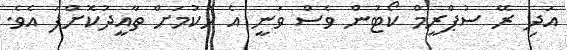
އަދި ރޭ ސުޕްރީމް ކޯޓުން ވެސް ވަނީ އެ ހުކުމަށް ތާއީދުކޮށްފަ އެވެ.